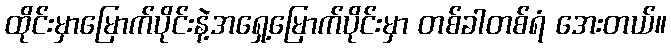
ထိုင်းမှာမြောက်ပိုင်းနဲ့အရှေ့မြောက်ပိုင်းမှာ တစ်ခါတစ်ရံ အေးတယ်။